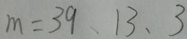
m = 3 9 , 1 3 , 3